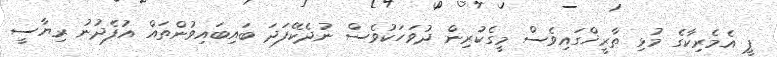
ޕީ އެމެރިކާގެ މުޅި ތާރީޚްގައިވެސް މީގެކުރިން ދުވަހަކުވެސް ނުދެކޭފަދަ ބައިބައިވުންތައް އުފެދުނު ރިޔާސީ